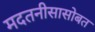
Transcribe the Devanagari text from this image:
मदतनीसासोबत